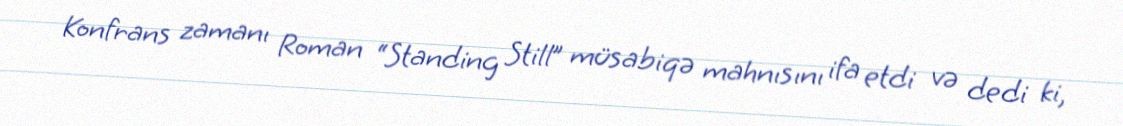
Konfrans zamanı Roman “Standing Still” müsabiqə mahnısını ifa etdi və dedi ki,